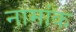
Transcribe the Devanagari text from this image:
नामांक